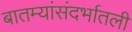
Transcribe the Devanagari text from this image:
बातम्यांसंदर्भातली